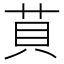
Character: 𦮷